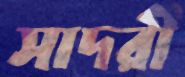
সাদরী